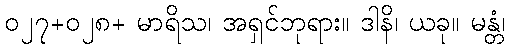
၀၂၇+၀၂၈+ မာရိသ၊ အရှင်ဘုရား။ ဒါနိ၊ ယခု။ မန္တံ၊